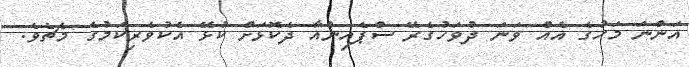
އަންނަ މަހުގެ އެއް ވަނަ ދުވަހުގެރޭ ސްޕެއިންއާ ދެކޮޅަށް ކުޅޭ އެކުވެރިކަމުގެ މެޗެވެ.